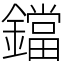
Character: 鐺